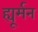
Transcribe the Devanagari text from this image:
ह्यूर्मन